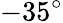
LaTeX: -35^{\circ}